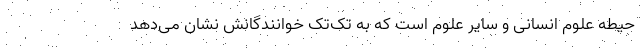
حیطه علوم انسانی و سایر علوم است که به تک‌تک خوانندگانش نشان می‌دهد